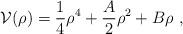
LaTeX: \begin{align*}{\cal V}(\rho)={1\over4}\rho^4+{A\over2}\rho^2+B\rho\ ,\end{align*}